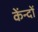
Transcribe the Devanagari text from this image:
केंन्दों